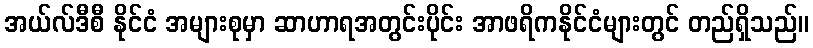
အယ်လ်ဒီစီ နိုင်ငံ အများစုမှာ ဆာဟာရအတွင်းပိုင်း အာဖရိကနိုင်ငံများတွင် တည်ရှိသည်။